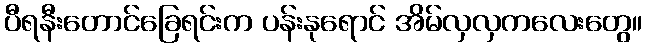
ပီရနီးတောင်ခြေရင်းက ပန်းနုရောင် အိမ်လှလှကလေးတွေ။